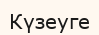
Күзеуге